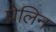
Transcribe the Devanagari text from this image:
घ्रेलिन